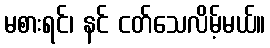
မစားရင်၊ နင် ငတ်သေလိမ့်မယ်။